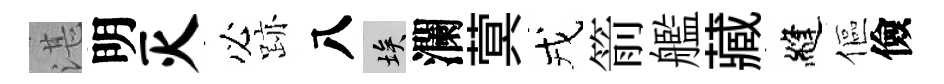
湛明灭必跡八埃瀾蓂戎箭艦藏縫傴儉